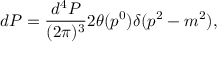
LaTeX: d P = { \frac { d ^ { 4 } P } { ( 2 \pi ) ^ { 3 } } } 2 \theta ( p ^ { 0 } ) \delta ( p ^ { 2 } - m ^ { 2 } ) ,